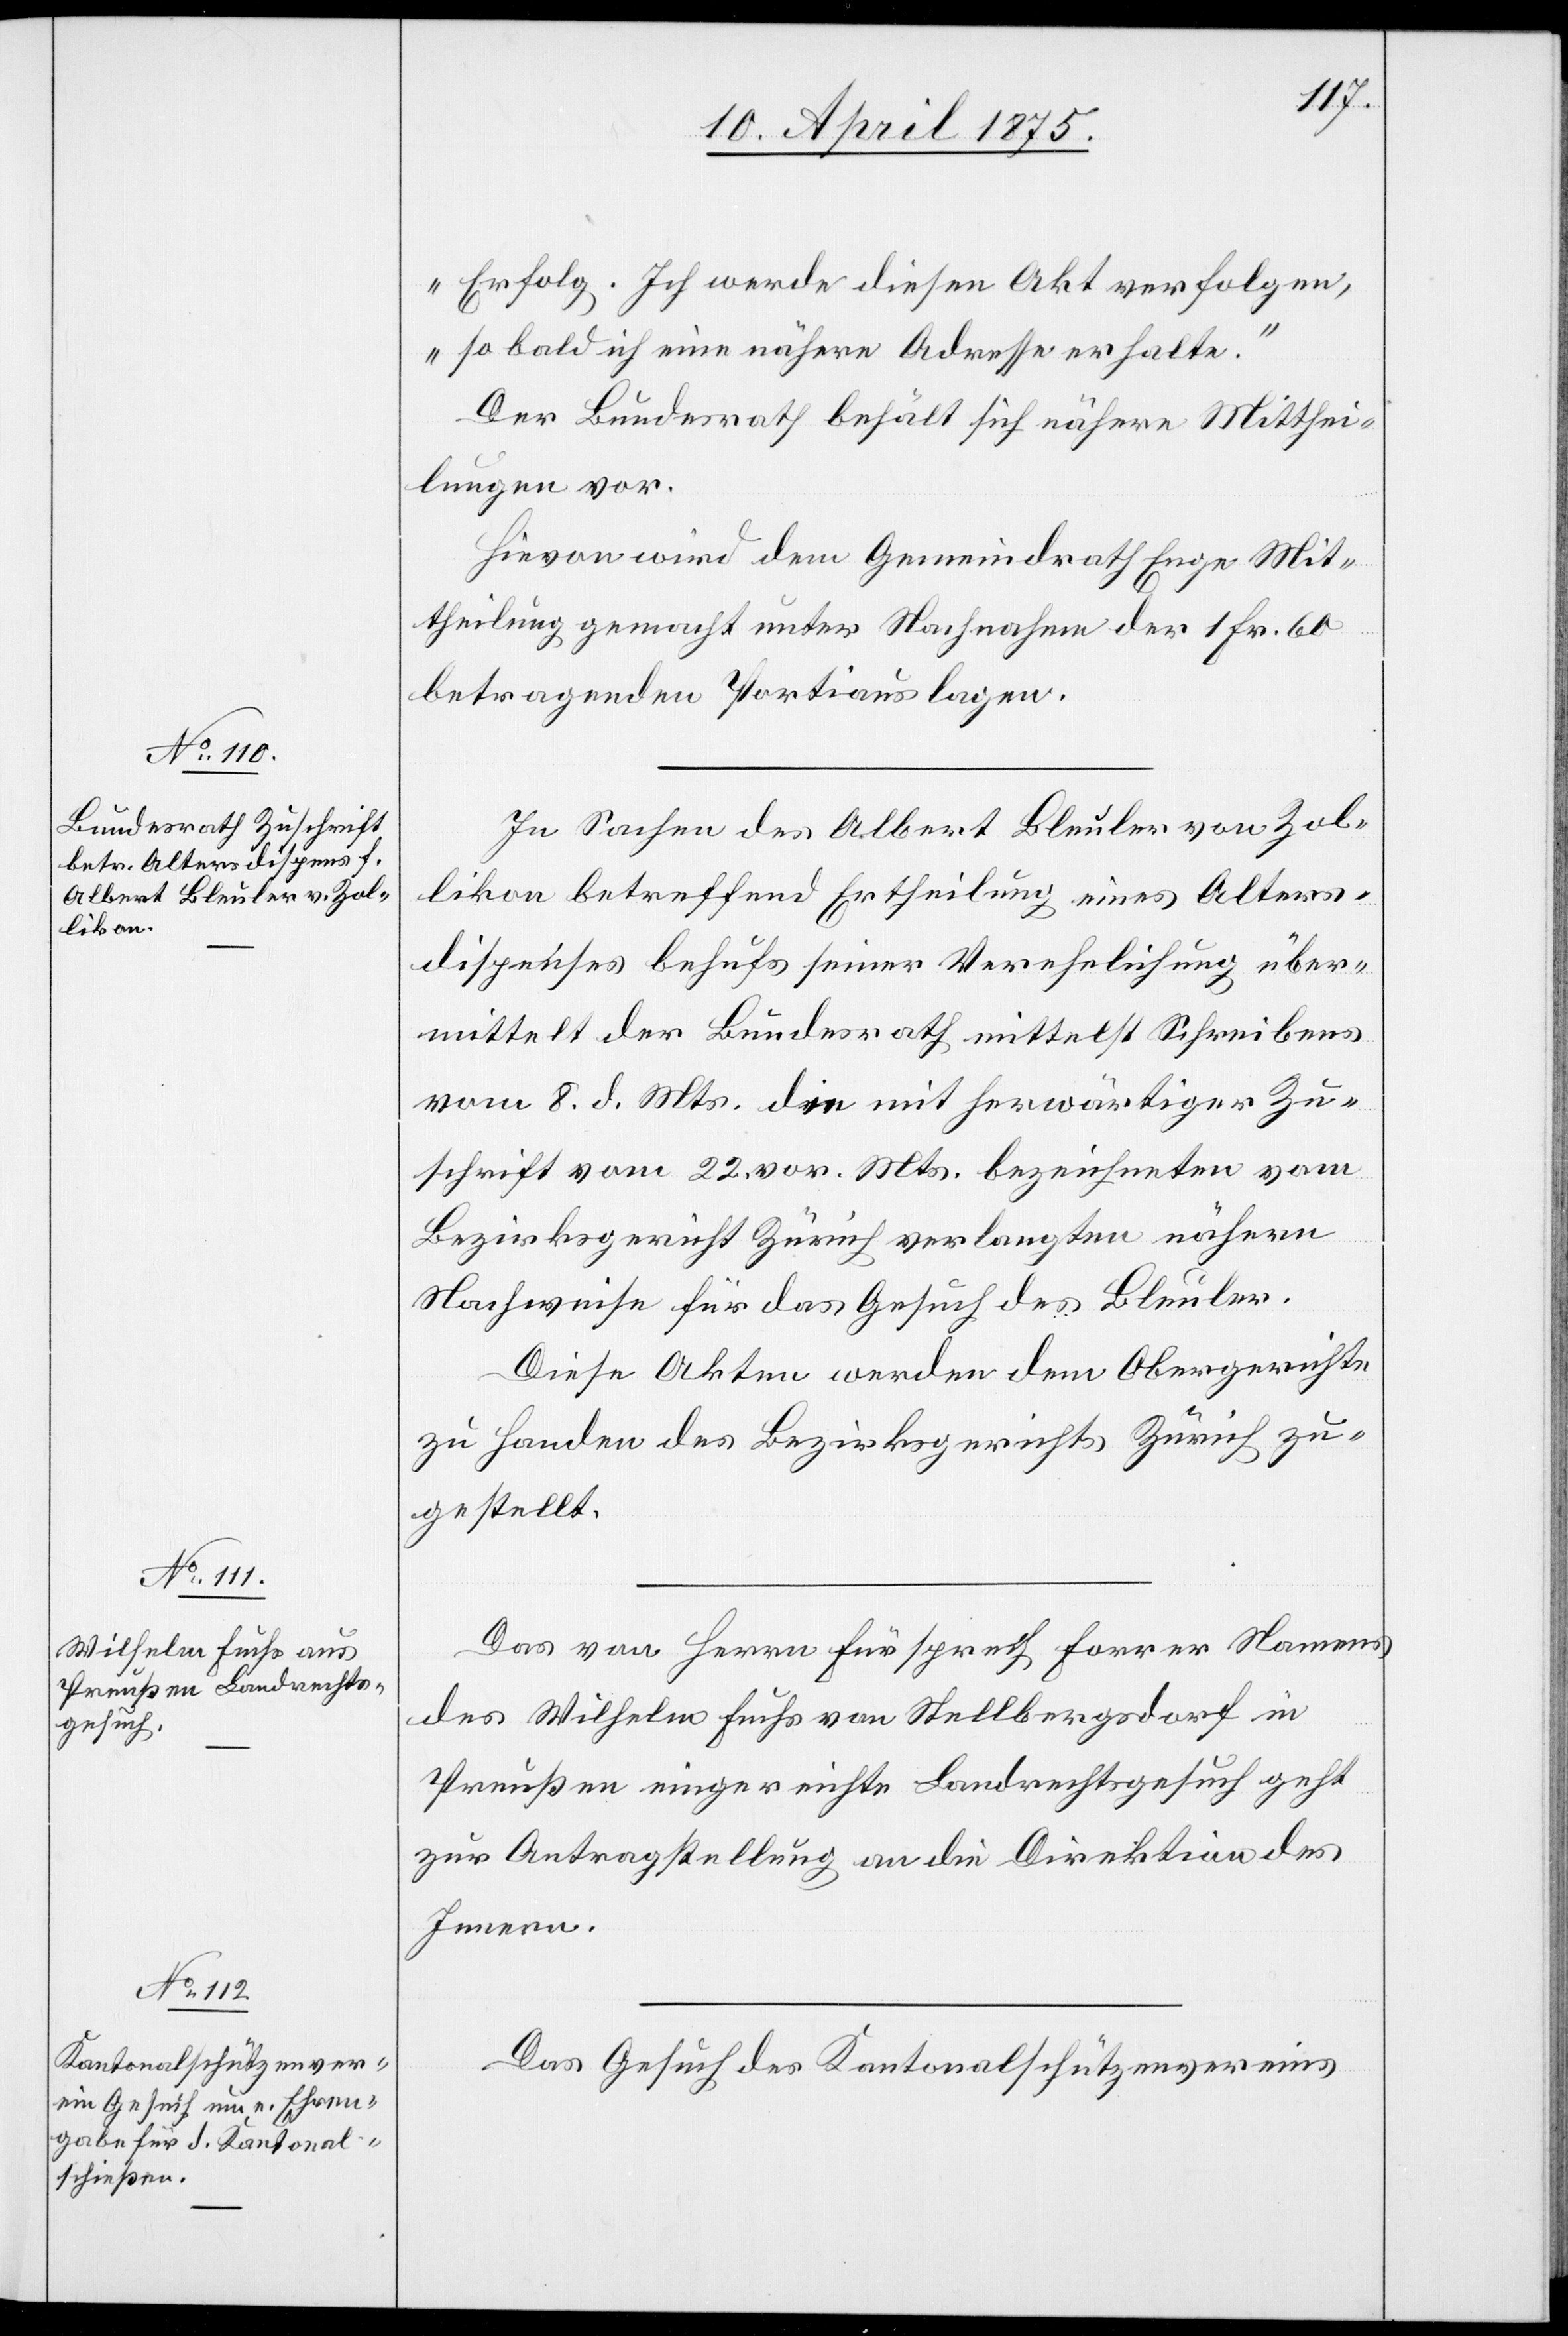
10. April 1875.]
Erfolg. Ich werde diesen Akt verfolgen,
so bald ich eine nähere Adresse erhalte.“
Der Bundesrath behält sich nähere Mitthei¬
lungen vor.
Hievon wird dem Gemeindrath Mit¬
theilung gemacht unter Nachnahme der 1 Fr. 60
betragenden Portiauslagen.
In Sachen des Albert Bleuler von Zol¬
likon betreffend Ertheilung eines Alters¬
dispenses behufs seiner Verehelichung über¬
mittelt der Bundesrath mittelst Schreibens
vom 8. d. Mts die mit herwärtiger Zu¬
schrift vom 22. vor. Mts. bezeichneten vom
Bezirksgericht Zürich verlangten nähern
Nachweise für das Gesuch des Bleuler.
Diese Akten werden dem Obergerichte
zu Handen des Bezirksgerichts Zürich zu¬
gestellt.
Das vom Herrn Fürsprech Forrer Namens
des Wilhelm Fuchs von Stellbergsdorf in
Preußen eingereichte Landrechtsgesuch geht
zur Antragstellung an die Direktion des
Innern.
Das Gesuch des Kantonalschützenvereins